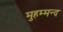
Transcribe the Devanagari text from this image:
मुहम्मन्द